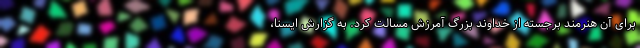
برای آن هنرمند برجسته از خداوند بزرگ آمرزش مسالت کرد. به گزارش ایسنا،